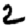
Digit: 2